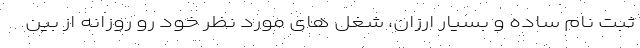
ثبت نام ساده و بسیار ارزان، شغل های مورد نظر خود رو روزانه از بین